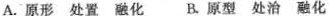
A.原形处置融化 B.原型处治融化